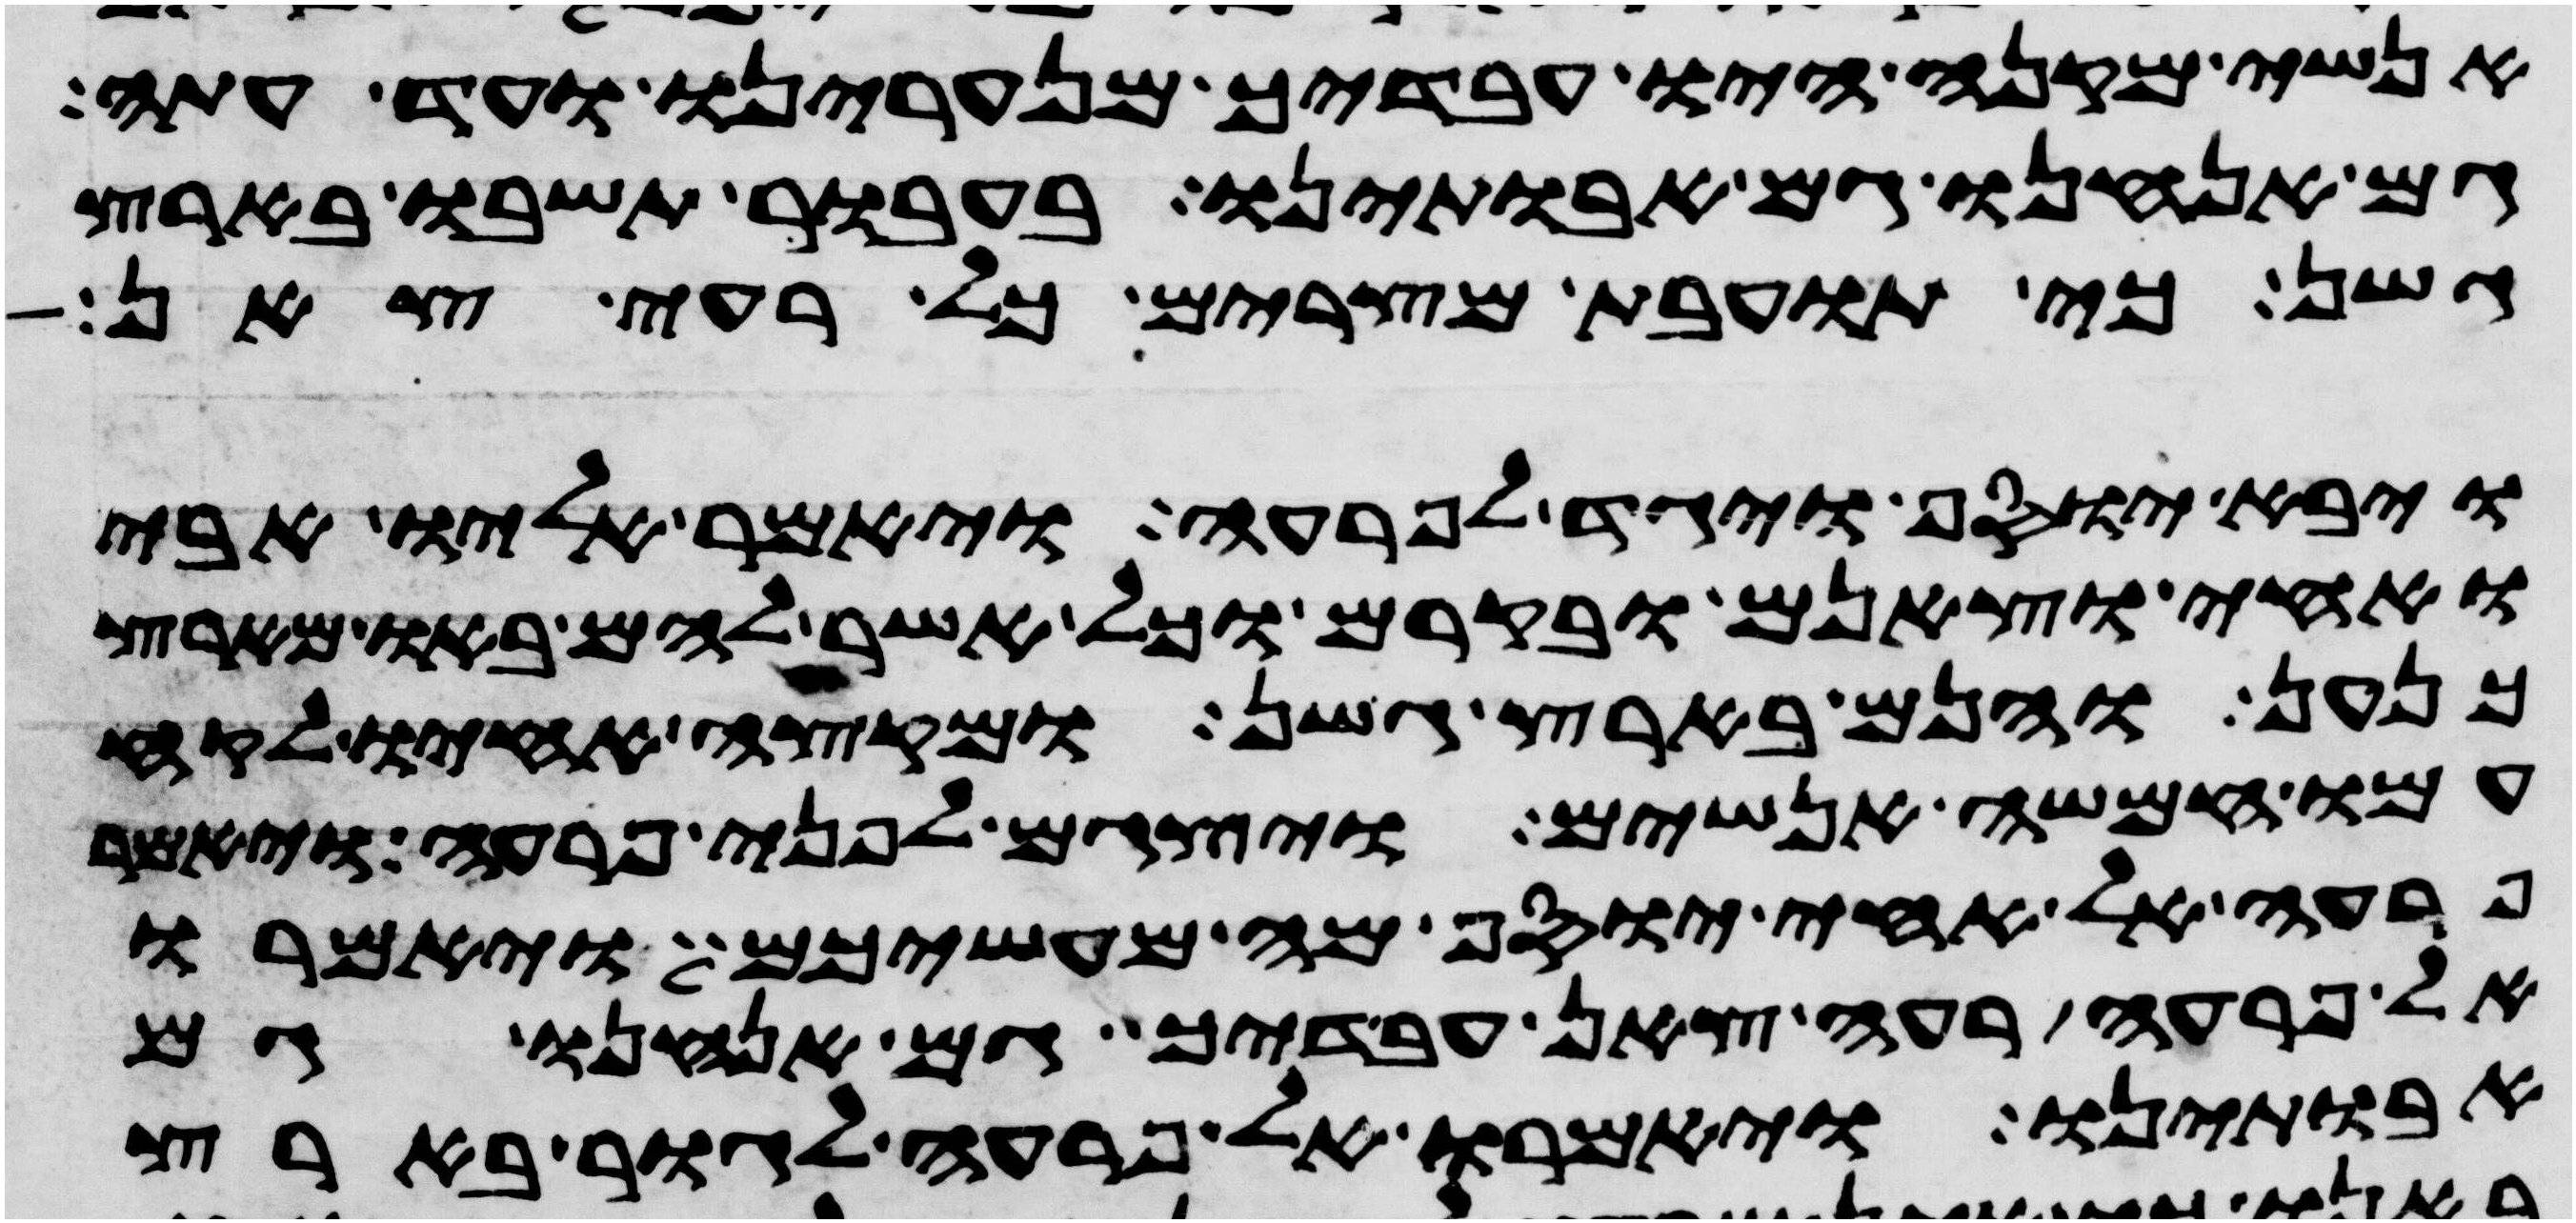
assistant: אנשי מקנה היו עבדיך מנערינו ועד עתה
גם אנחנו גם אבתינו בעבור תשבו בארץ
גשן כי תועבת מצרים כל רעי צאן
ויבא יוסף ויגד לפרעה ויאמר אליו אבי
ואחי וצאנם ובקרם וכל אשר להם באו מארץ
כנען והנם בארץ גשן ומקצה אחיו לקח
עמו חמשה אנשים ויצגם לפני פרעה ויאמר
פרעה אל אחי יוסף מה מעשיכם ויאמרו
אל פרעה רעי צאן עבדיך גם אנחנו גם
אבתינו ויאמרו אל פרעה לגור בארץ